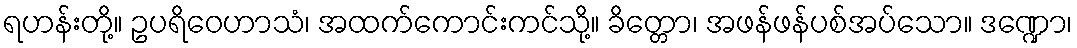
ရဟန်းတို့။ ဥပရိဝေဟာသံ၊ အထက်ကောင်းကင်သို့။ ခိတ္တော၊ အဖန်ဖန်ပစ်အပ်သော။ ဒဏ္ဍော၊